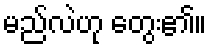
မည်လဲဟု တွေး၏။